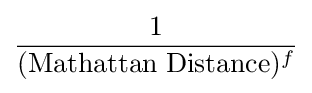
{\frac {1}{(\mathrm {Mathattan\;Distance} )^{f}}}